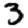
Digit: 3